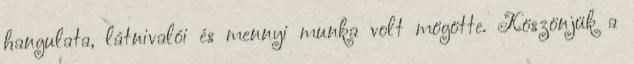
hangulata, látnivalói és mennyi munka volt mögötte. Köszönjük a